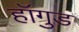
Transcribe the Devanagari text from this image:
हॉगुड